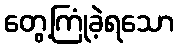
တွေ့ကြုံခဲ့ရသော